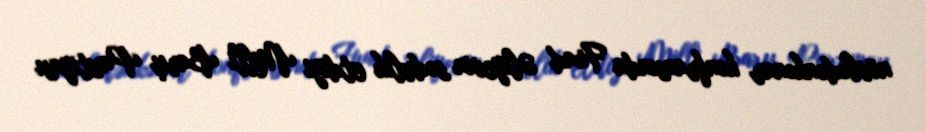
növbədənkənar konfransında Fuad Əliyevin sədrlik etdiyi Milli Barış Partiyası